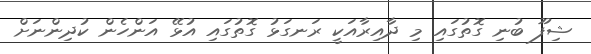
ޝިފޫ ބުނި ގޮތުގައި މި ދާއިރާއަކީ ރަނގަޅު ގޮތުގައި އުޅޭ އަންހެން ކުދިންނަށް